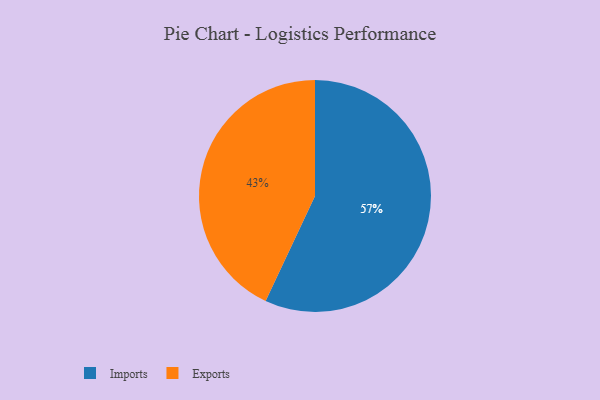
{"axis": {"x": "Category", "y": "Percentage"}, "legend": ["Exports", "Imports"], "data": [{"x": "Imports", "y": 57, "type": "Imports"}, {"x": "Exports", "y": 43, "type": "Exports"}]}